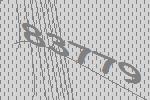
83779